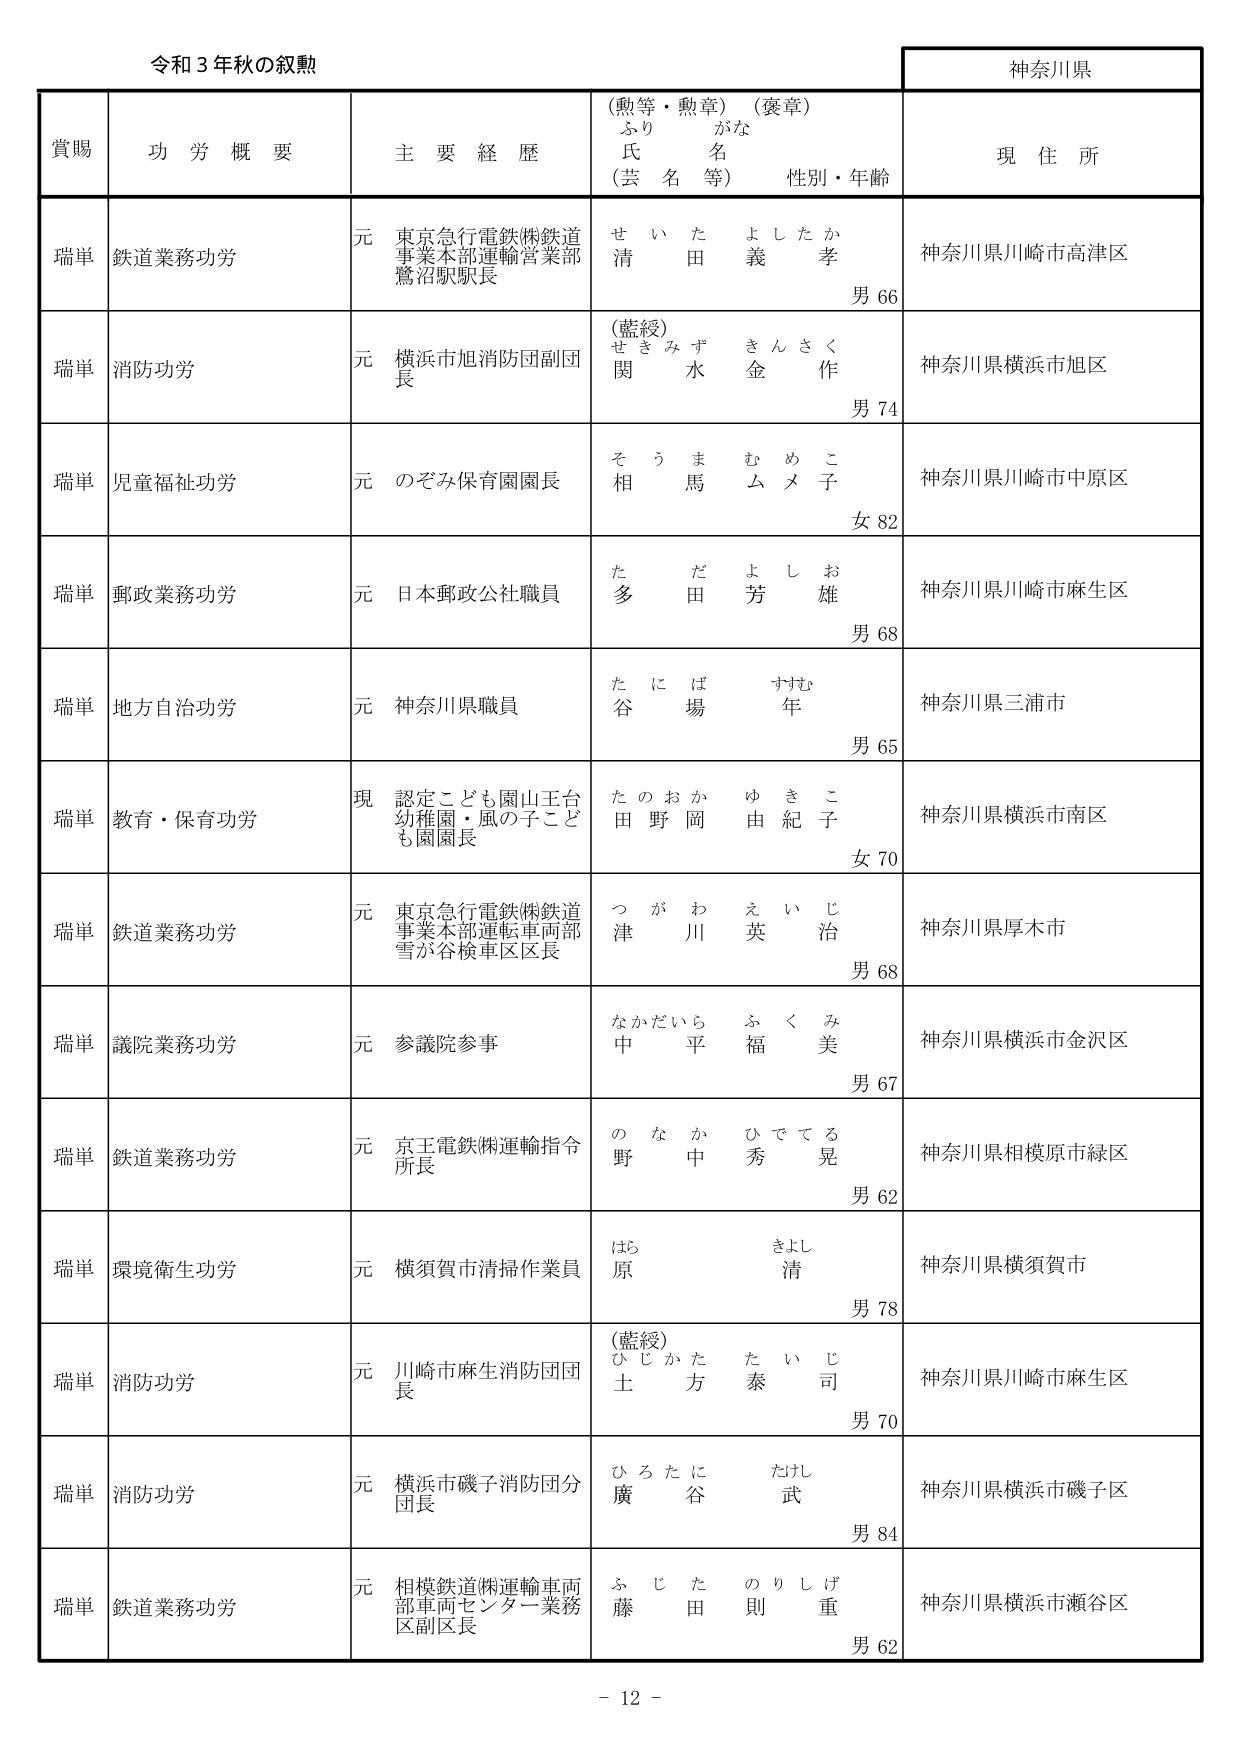
令和３年秋の叙勲

神奈川県

賞賜　功労概要　主要経歴　（勲等・勲章）（褒章）　現住所
　　　　　　　　　　　ふりがな
　　　　　　　　　　　氏名
　　　　　　　　　　　（芸名等）　性別・年齢

瑞単　鉄道業務功労　元　東京急行電鉄㈱鉄道
　　　　　　　　　　事業本部運輸営業部
　　　　　　　　　　鷺沼駅駅長　　せい　た　よ　し　た　か
　　　　　　　　　　　　　　　　　　清　田　義　孝　　男66
　　　　　　　　　　　　　　　　　　　　　　　　　　　　神奈川県川崎市高津区

瑞単　消防功労　元　横浜市旭消防団副団
　　　　　　　　長　　（藍綬）　せ　き　み　ず　き　ん　さ　く
　　　　　　　　　　　　　　　　関　水　金　作　　男74
　　　　　　　　　　　　　　　　　　　　　　　　　　神奈川県横浜市旭区

瑞単　児童福祉功労　元　のぞみ保育園園長　　そ　う　ま　む　め　こ
　　　　　　　　　　　　　　　　　　　　　　相　馬　ム　メ　子　　女82
　　　　　　　　　　　　　　　　　　　　　　　　　　　　　　神奈川県川崎市中原区

瑞単　郵政業務功労　元　日本郵政公社職員　　た　多　だ　田　よ　し　お　雄
　　　　　　　　　　　　　　　　　　　　　　男68
　　　　　　　　　　　　　　　　　　　　　　　　　　　　　　神奈川県川崎市麻生区

瑞単　地方自治功労　元　神奈川県職員　　た　に　ば　場　す　む　年
　　　　　　　　　　　　　　　　　　　　谷　　男65
　　　　　　　　　　　　　　　　　　　　　　　　　　　　　　神奈川県三浦市

瑞単　教育・保育功労　現　認定こども園山王台
　　　　　　　　　　幼稚園・風の子こども園園長　　た　の　お　か　ゆ　き　こ
　　　　　　　　　　　　　　　　　　　　　　　　田　野　岡　由　紀　子　　女70
　　　　　　　　　　　　　　　　　　　　　　　　　　　　　　神奈川県横浜市南区

瑞単　鉄道業務功労　元　東京急行電鉄㈱鉄道
　　　　　　　　　　事業本部運転車両部
　　　　　　　　　　雪が谷検車区区長　　つ　が　わ　川　え　い　じ
　　　　　　　　　　　　　　　　　　　　津　　英　治　　男68
　　　　　　　　　　　　　　　　　　　　　　　　　　　　　　神奈川県厚木市

瑞単　議院業務功労　元　参議院参事　　な　か　だ　い　ら　ふ　く　み
　　　　　　　　　　　　　　　　　　中　　平　　福　　美　　男67
　　　　　　　　　　　　　　　　　　　　　　　　　　　　　　神奈川県横浜市金沢区

瑞単　鉄道業務功労　元　京王電鉄㈱運輸指令
　　　　　　　　　　所長　　の　な　か　ひ　で　て　る
　　　　　　　　　　　　　　野　　中　　秀　　晃　　男62
　　　　　　　　　　　　　　　　　　　　　　　　　　　　神奈川県相模原市緑区

瑞単　環境衛生功労　元　横須賀市清掃作業員　　は　ら　き　よ　し　清
　　　　　　　　　　　　　　　　　　　　　　原　　男78
　　　　　　　　　　　　　　　　　　　　　　　　　　　　　　神奈川県横須賀市

瑞単　消防功労　元　川崎市麻生消防団団
　　　　　　　　長　　（藍綬）　ひ　じ　か　た　た　い　じ
　　　　　　　　　　　　　　　　士　　方　　泰　　司　　男70
　　　　　　　　　　　　　　　　　　　　　　　　　　　　神奈川県川崎市麻生区

瑞単　消防功労　元　横浜市磯子消防団分
　　　　　　　　団長　　ひ　ろ　た　に　た　れ　武
　　　　　　　　　　　　廣　　谷　　男84
　　　　　　　　　　　　　　　　　　　　　　　　　　　　神奈川県横浜市磯子区

瑞単　鉄道業務功労　元　相模鉄道㈱運輸車両
　　　　　　　　　　部車両センター業務
　　　　　　　　　　区副区長　　ふ　じ　た　の　り　し　げ
　　　　　　　　　　　　　　　　藤　　田　則　重　　男62
　　　　　　　　　　　　　　　　　　　　　　　　　　　　神奈川県横浜市瀬谷区

－ 12 －